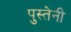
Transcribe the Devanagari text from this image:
पुस्तेनी